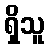
ရှိသူ